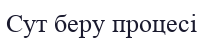
Сут беру процесі